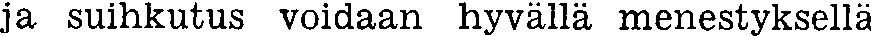
ja suihkutus voidaan hyvällä menestyksellä